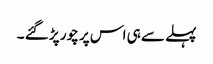
پہلے سے ہی اس پر چور پڑ گئے ۔